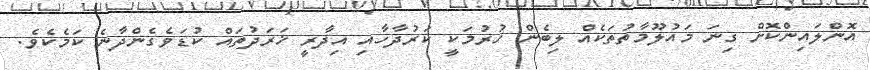
އޮންލައިންކޮށް ގިނަ މައުލޫމާތުތަކެއް ލިބެން ހުރުމަކީ ކަރުދާހާއި އިދާރީ ޚަރަދުތައް ކުޑަވެގެންދާނެ ކަމެކެވެ.